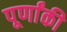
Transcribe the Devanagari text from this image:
पूर्णांकी